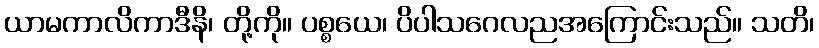
ယာမကာလိကာဒီနိ၊ တို့ကို။ ပစ္စယေ၊ ပိပါသဂေလညအကြောင်းသည်။ သတိ၊